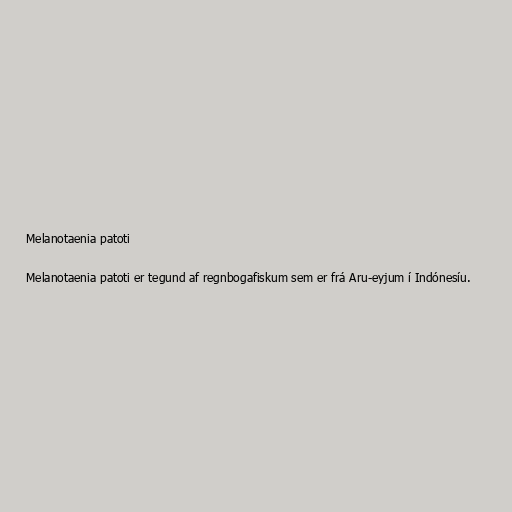
Melanotaenia patoti

Melanotaenia patoti er tegund af regnbogafiskum sem er frá Aru-eyjum í Indónesíu.